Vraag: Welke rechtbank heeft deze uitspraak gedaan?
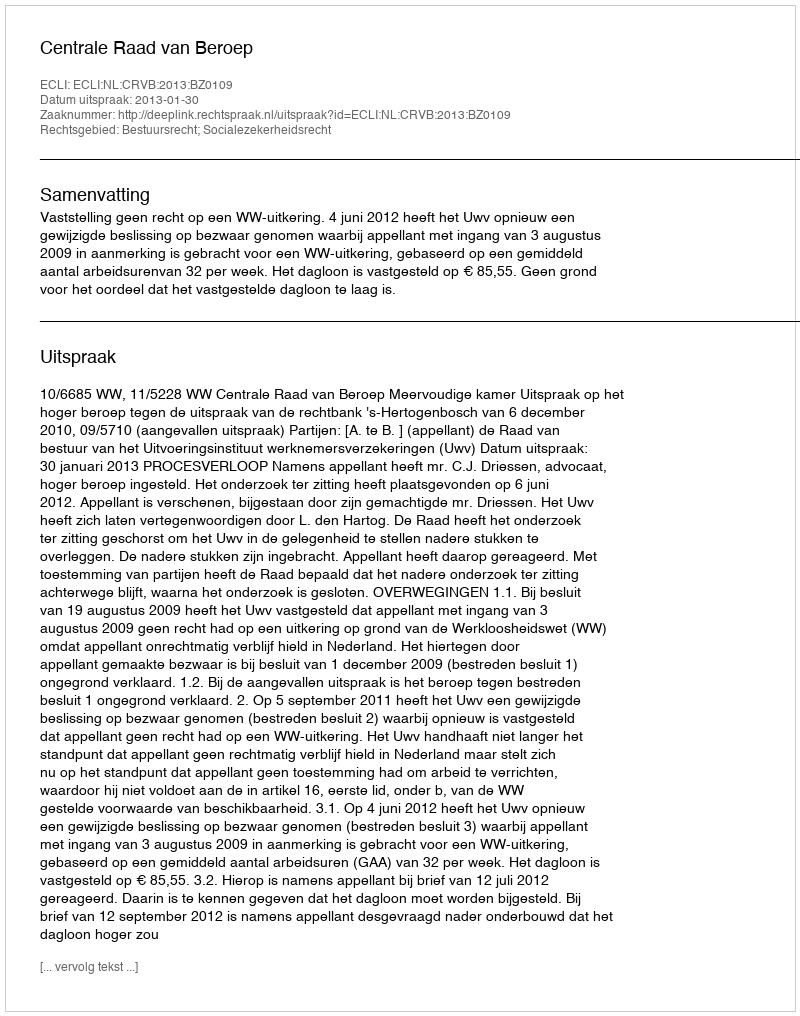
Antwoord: Centrale Raad van Beroep